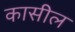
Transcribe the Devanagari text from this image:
कासील